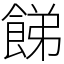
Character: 䬾